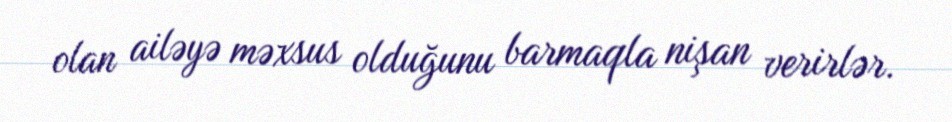
olan ailəyə məxsus olduğunu barmaqla nişan verirlər.